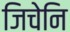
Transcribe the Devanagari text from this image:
जिचेनि